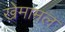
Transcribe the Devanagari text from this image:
खेमामल